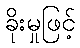
ခိုးမှုဖြင့်